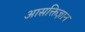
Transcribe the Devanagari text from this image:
आसक्तिज्ञान